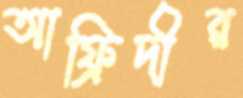
আফ্রিদীর